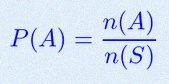
P(A)=\frac{n(A)}{n(S)}